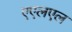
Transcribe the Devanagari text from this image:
एएलएल